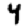
Digit: 4